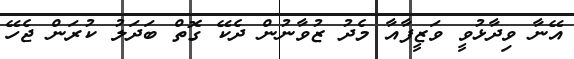
އޭނާ ވިދާޅުވީ ވަޒީފާއާ މެދު ޒުވާނުން ދެކޭ ގޮތް ބަދަލު ކުރަން ޖެހޭ